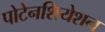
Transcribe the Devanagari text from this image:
पोटेनशियेशन